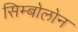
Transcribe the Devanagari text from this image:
सिम्बोलोन